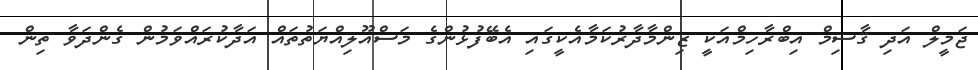
ޖަމީލް އަދި ޤާސިމް އިބްރާހިމްއަކީ ޒިންމާދާރުކަމާއެކީގައި އެބޭފުޅުންގެ މަސްއޫލިއްޔަތުތައް އަދާކުރައްވަމުން ގެންދަވާ ތިން